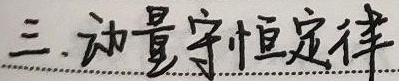
三. 动量守恒定律